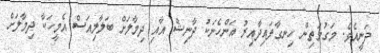
ދަނީއެވެ. މަގުމަތިން ހިނގާފައިދާއިރު އަންހެނަކު ދާނިޝް އާއި ދިމާލަށް ބަލާލިއަސް އެމީހަކާ ދިމާލަށް